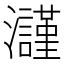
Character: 𤄲